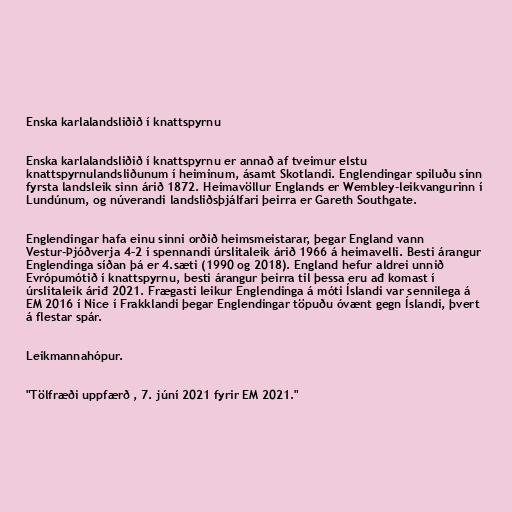
Enska karlalandsliðið í knattspyrnu

Enska karlalandsliðið í knattspyrnu er annað af tveimur elstu
knattspyrnulandsliðunum í heiminum, ásamt Skotlandi. Englendingar spiluðu sinn
fyrsta landsleik sinn árið 1872. Heimavöllur Englands er Wembley-leikvangurinn í
Lundúnum, og núverandi landsliðsþjálfari þeirra er Gareth Southgate.

Englendingar hafa einu sinni orðið heimsmeistarar, þegar England vann
Vestur-Þjóðverja 4–2 í spennandi úrslitaleik árið 1966 á heimavelli. Besti árangur
Englendinga síðan þá er 4.sæti (1990 og 2018). England hefur aldrei unnið
Evrópumótið í knattspyrnu, besti árangur þeirra til þessa eru ađ komast í
úrslitaleik áriđ 2021. Frægasti leikur Englendinga á móti Íslandi var sennilega á
EM 2016 í Nice í Frakklandi þegar Englendingar töpuðu óvænt gegn Íslandi, þvert
á flestar spár.

Leikmannahópur.

"Tölfræði uppfærð , 7. júní 2021 fyrir EM 2021."